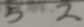
5 2